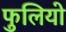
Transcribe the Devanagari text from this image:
फुलियो